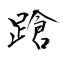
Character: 蹌